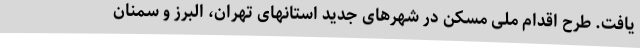
یافت. طرح اقدام ملی مسکن در شهرهای جدید استانهای تهران، البرز و سمنان